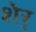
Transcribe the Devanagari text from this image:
शेर्